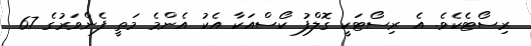
ރިސޯޓެކެވެ. އެ ރިސޯޓަކީ ގޮލްފު ކޯސްއަކާ އެކު އެންމެ މަތީ ފެންވަރުގެ 67